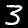
Digit: 3